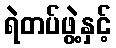
ရဲတပ်ဖွဲ့နှင့်